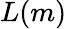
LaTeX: L(m)